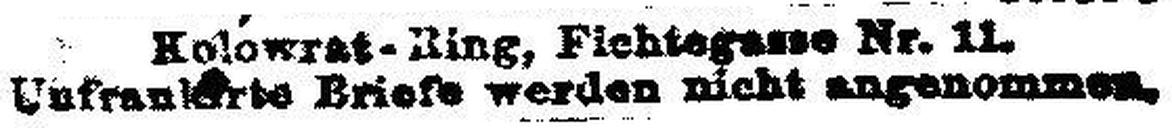
Unfrau### Briefe werden nicht angenommen.